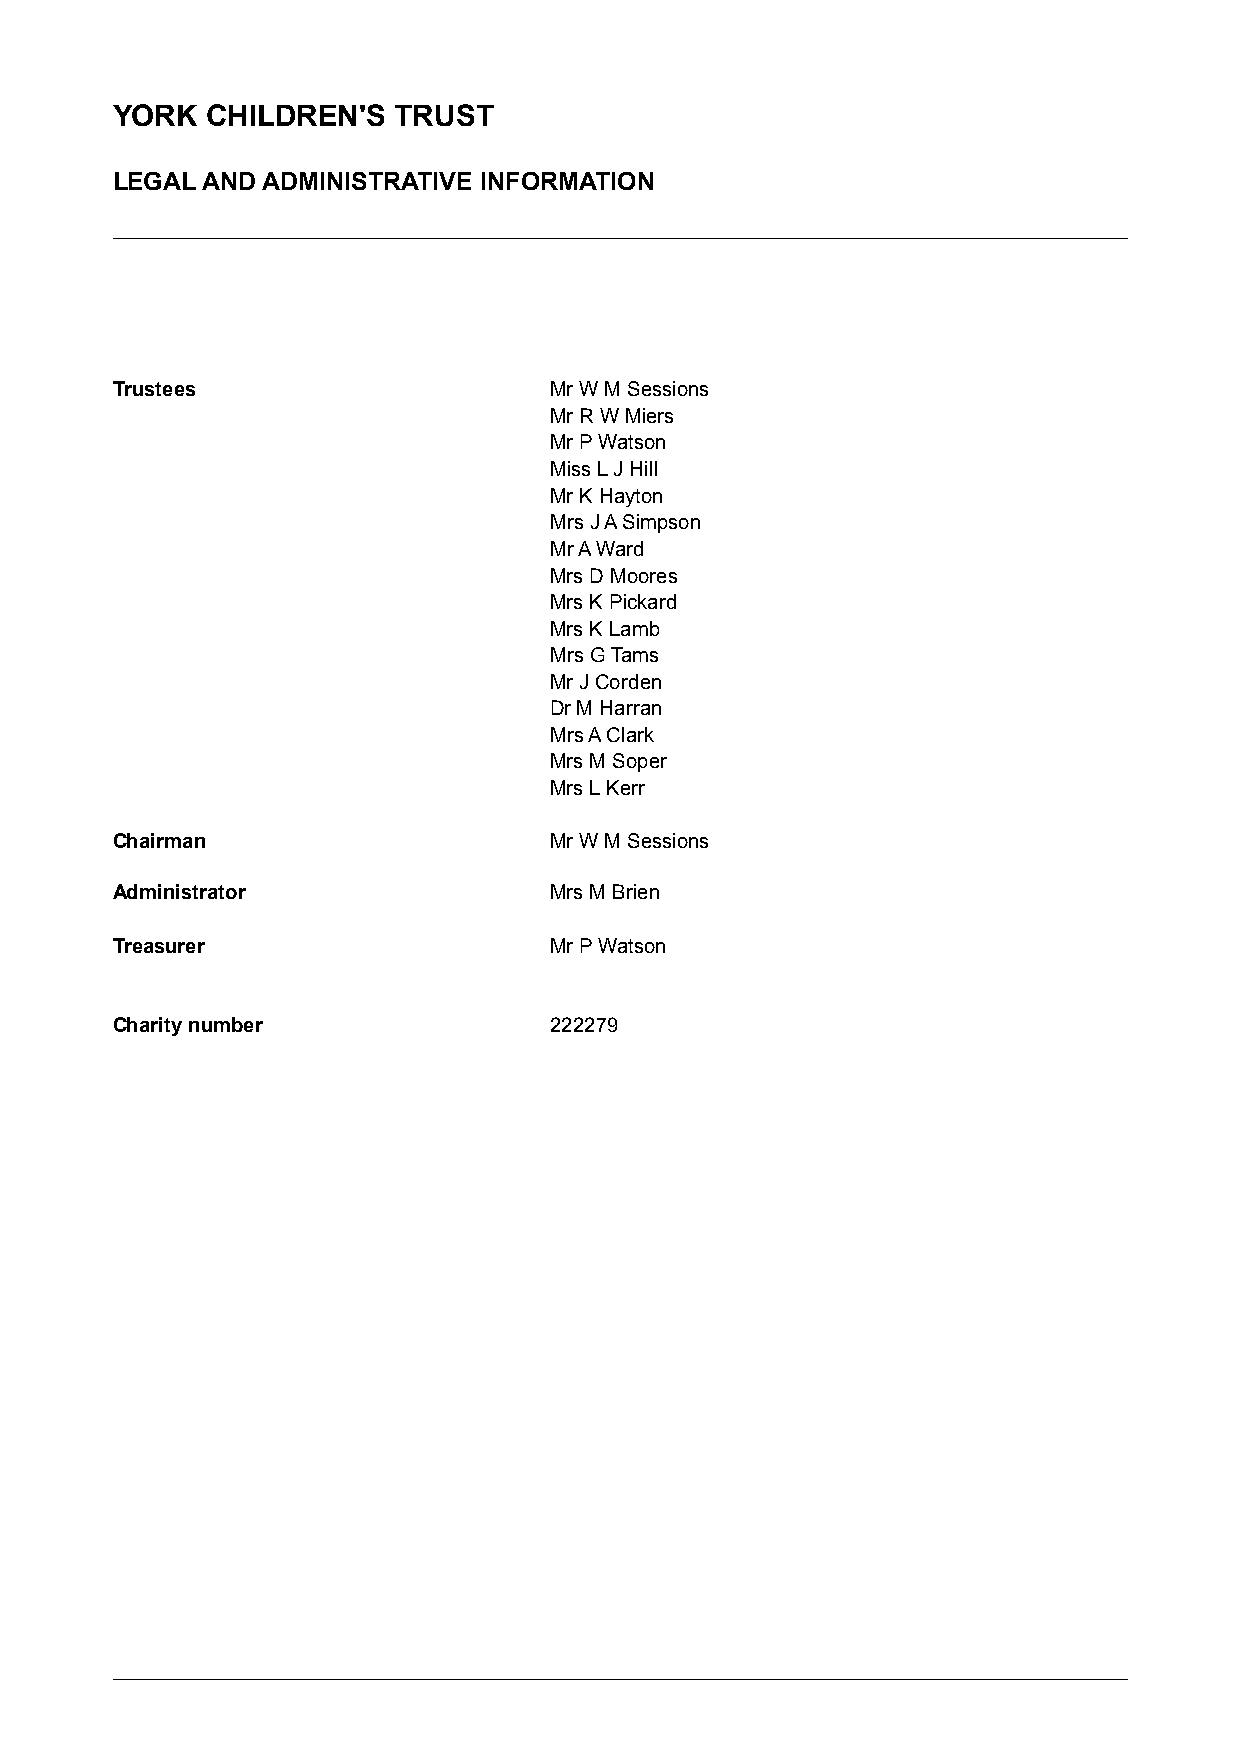
YORK   CHILDREN'S  TRUST
 LEGAL AND ADMINISTRATIVE INFORMATION
 Trustees                     Mr W M Sessions
 Mr R W Miers
 Mr P Watson
 Miss L J Hill
 Mr K Hayton
 Mrs J A Simpson
 Mr A Ward
 Mrs D Moores
 Mrs K Pickard
 Mrs K Lamb
 Mrs G Tams
 Mr J Corden
 Dr M Harran
 Mrs A Clark
 Mrs M Soper
 Mrs L Kerr
 Chairman                     Mr W M Sessions
 Administrator                Mrs M Brien
 Treasurer                    Mr P Watson
 Charity number               222279